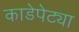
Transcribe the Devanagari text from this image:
काडेपेट्या